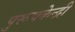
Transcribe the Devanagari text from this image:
पुरूषकेन्द्री